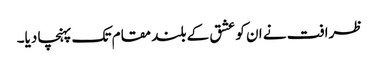
ظرافت نے ان کو عشق کے بلند مقام تک پہنچا دیا۔